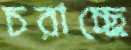
চরাচ্ছে